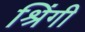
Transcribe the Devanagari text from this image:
श्रिंगी